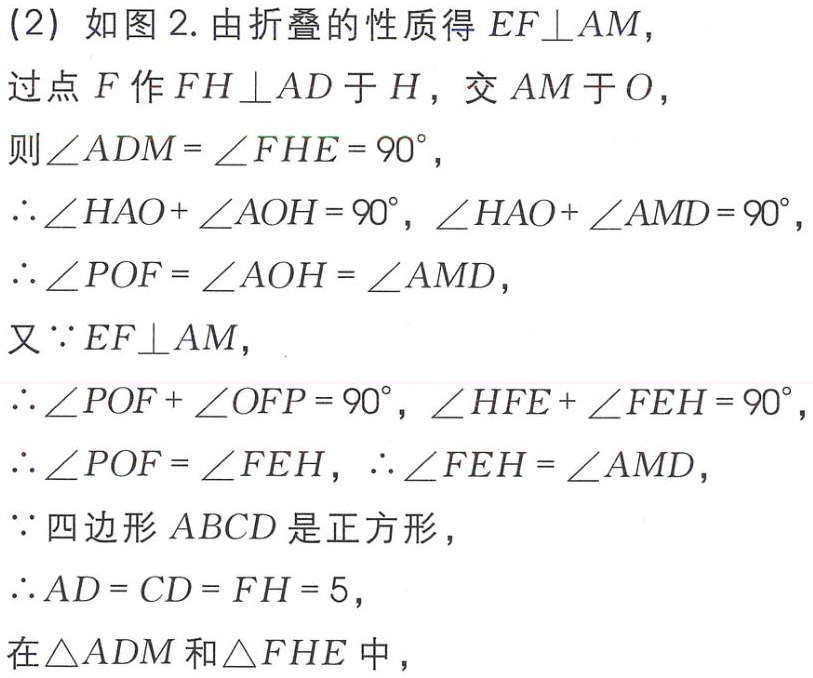
(2) 如图 2. 由折叠的性质得 \(EF\perp AM\)，
过点 \(F\) 作 \(FH\perp AD\) 于 \(H\)，交 \(AM\) 于 \(O\)，
则 \(\angle ADM = \angle FHE = 90^{\circ}\)，
\(\therefore\angle HAO+\angle AOH = 90^{\circ}\)，\(\angle HAO+\angle AMD = 90^{\circ}\)，
\(\therefore\angle POF = \angle AOH = \angle AMD\)，
又 \(\because EF\perp AM\)，
\(\therefore\angle POF+\angle OFP = 90^{\circ}\)，\(\angle HFE+\angle FEH = 90^{\circ}\)，
\(\therefore\angle POF = \angle FEH\)，\(\therefore\angle FEH = \angle AMD\)，
\(\because\) 四边形 \(ABCD\) 是正方形，
\(\therefore AD = CD = FH = 5\)，
在 \(\triangle ADM\) 和 \(\triangle FHE\) 中，